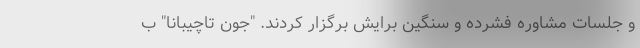
و جلسات مشاوره فشرده و سنگین برایش برگزار کردند. "جون تاچیبانا" ب